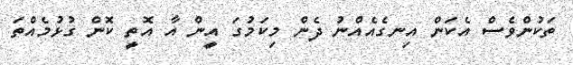
ތަކުންވެސް އެކަން އިނގެއެއްނު ދެން މިކަމުގަ އީން އާ އޮތީ ކޮން ގުޅުމެއްތަ